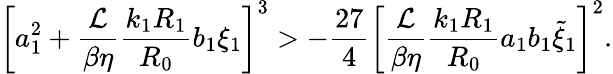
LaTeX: \left[a_{1}^{2}+\frac{\mathcal{L}}{\beta\eta}\frac{k_{1}R_{1}}{R_{0}}b_{1}\xi_{1}\right]^{3}>-\frac{27}{4}\left[\frac{\mathcal{L}}{\beta\eta}\frac{k_{1}R_{1}}{R_{0}}a_{1}b_{1}\tilde{\xi}_{1}\right]^{2}.